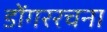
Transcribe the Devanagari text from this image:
डोंगररचना